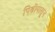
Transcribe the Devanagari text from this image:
पिढीपासून